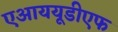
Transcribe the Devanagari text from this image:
एआययूडीएफ